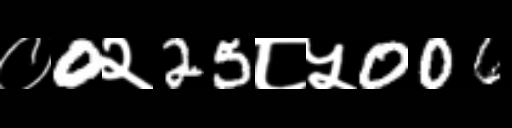
Text: ०0२25८५006